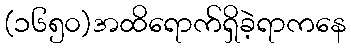
(၁၆၅၀)အထိရောက်ရှိခဲ့ရာကနေ